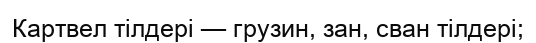
Картвел тілдері — грузин, зан, сван тілдері;